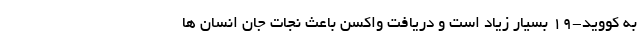
به کووید-۱۹ بسیار زیاد است و دریافت واکسن باعث نجات جان انسان ها